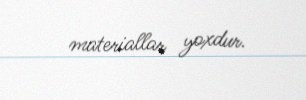
materiallar yoxdur.